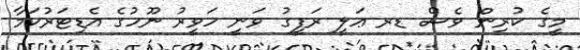
މީގެ ކުރިން ވެސް ޑރ ޢަލީ ރަފީގު ވަނީ ހަވީރު ނޫހުގެ އެޑިޓަރުކަމާ